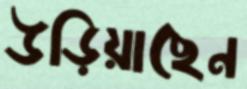
উড়িয়াছেন